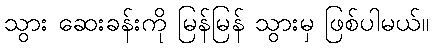
သွား ဆေးခန်းကို မြန်မြန် သွားမှ ဖြစ်ပါမယ်။